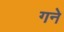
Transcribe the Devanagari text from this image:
गने